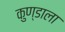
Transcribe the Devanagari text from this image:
कुण्डाला